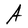
Character: A